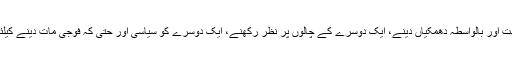
سٹرٹیجک شطرنج بچھ چکی ہے فریق ایک دوسرے کو برائے راست اور بالواسطہ دھمکیاں دینے، ایک دوسرے کے چالوں پر نظر رکھنے، ایک دوسرے کو سیاسی اور حتی کہ فوجی مات دینے کیلئے ممکنہ چالوں اور جوابی چالوں پر سوچ بچار میں مصروف ھیں۔